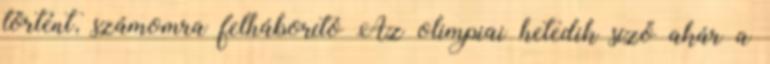
történt, számomra felháborító Az olimpiai hetedik síző akár a